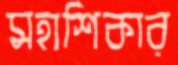
মহাশিকার